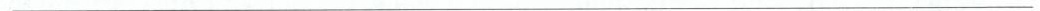
___